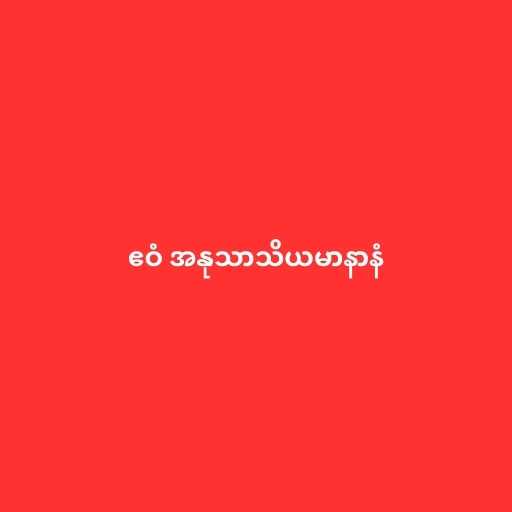
ဧဝံ အနုသာသိယမာနာနံ